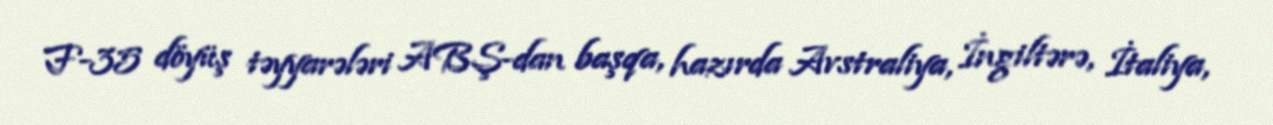
F-35 döyüş təyyarələri ABŞ-dan başqa, hazırda Avstraliya, İngiltərə, İtaliya,